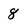
Character: 8